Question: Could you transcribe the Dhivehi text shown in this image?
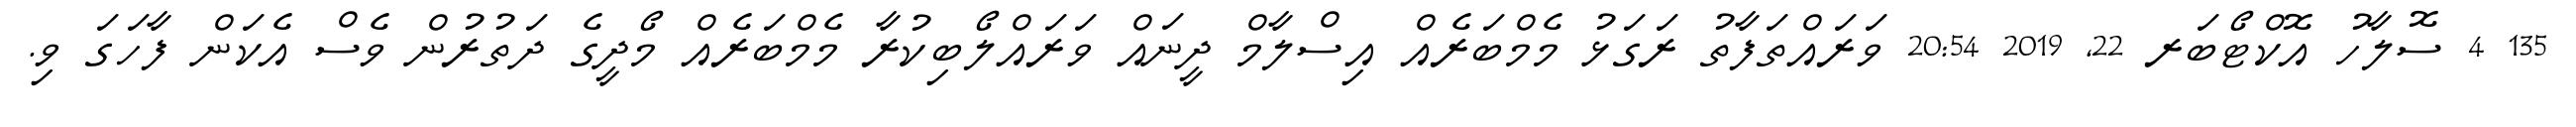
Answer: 135 4 ސޮލާހު އޮކްޓޯބަރ 22, 2019 20:54 ވަރައްތަފާތު ރަގަޅު މެމްބަރެއް އިސްލާމް ދީނައް ވަރައްލޯބިކުރާ މެމްބަރެއް މޯދީގެ ދަތުރުން ވެސް އެކަން ފާހަގަ ވި.